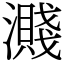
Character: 濺